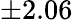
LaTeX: \pm 2.06